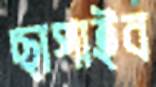
ছাপাইব